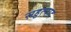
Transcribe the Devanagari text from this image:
सहुत्पाद